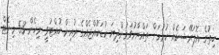
ހިތުގެ އޮޕަރޭޝަނެއް ކުރުމަށް ތައްޔާރުވަމުންދިޔަ ކުޑަކުއްޖެއްގެ ރުއިން ހުއްޓުވީ މިހެން 53 މިނެޓް